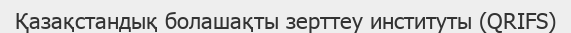
Қазақстандық болашақты зерттеу институты (QRIFS)